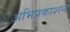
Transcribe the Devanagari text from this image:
अभिप्रकाशन